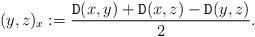
LaTeX: \begin{align*}(y,z)_x:=\dfrac{{\tt D}(x,y)+{\tt D}(x,z)-{\tt D}(y,z)}{2}.\end{align*}